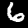
Digit: 6